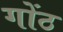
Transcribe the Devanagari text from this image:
गोंठ